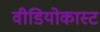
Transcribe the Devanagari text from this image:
वीडियोकास्ट